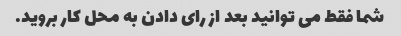
شما فقط می توانید بعد از رای دادن به محل کار بروید.